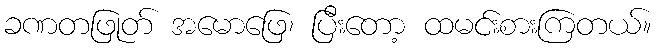
ခဏတဖြုတ် အမောဖြေ၊ ပြီးတော့ ထမင်းစားကြတယ်။